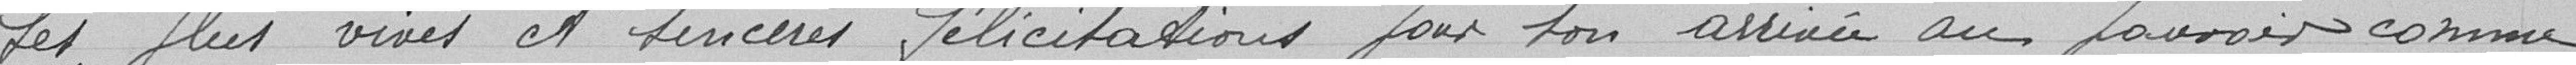
les plus vives et sincères félicitations pour son arrivée au pouvoir comme